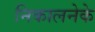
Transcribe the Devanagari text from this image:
निकालनेके